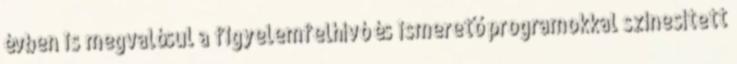
évben is megvalósul a figyelemfelhívó és ismerető programokkal színesített